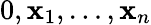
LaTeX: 0,\mathbf{x}_{1},\ldots,\mathbf{x}_{n}